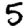
Digit: 5